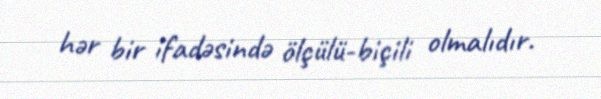
hər bir ifadəsində ölçülü-biçili olmalıdır.